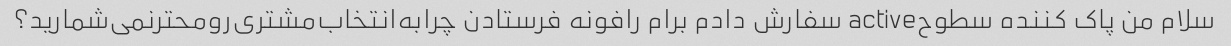
سلام من پاک کننده سطوحactive سفارش دادم برام رافونه فرستادن چرابه‌انتخاب‌مشتری‌رومحترنمی‌شمارید؟